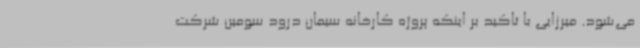
می‌شود. میرزایی با تاکید بر اینکه پروژه کارخانه سیمان درود سومین شرکت